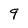
Character: 9